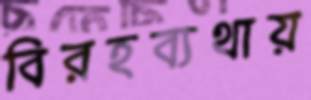
বিরহব্যথায়